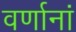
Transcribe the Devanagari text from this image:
वर्णानां